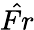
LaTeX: \hat{Fr}